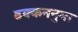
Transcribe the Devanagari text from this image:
ढक्कननुमा